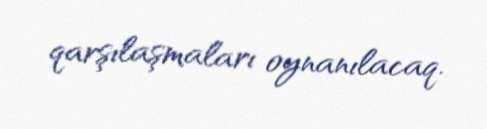
qarşılaşmaları oynanılacaq.